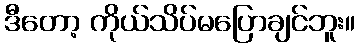
ဒီတော့ ကိုယ်သိပ်မပြောချင်ဘူး။